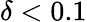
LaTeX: \delta<0.1